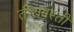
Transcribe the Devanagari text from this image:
तीरावरती